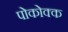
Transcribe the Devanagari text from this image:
पोकोक्क